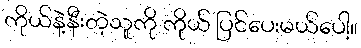
ကိုယ်နဲ့နီးတဲ့သူကို ကိုယ် ပြင်ပေးမယ်ပေါ့။